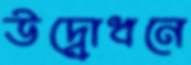
উদ্বোধনে